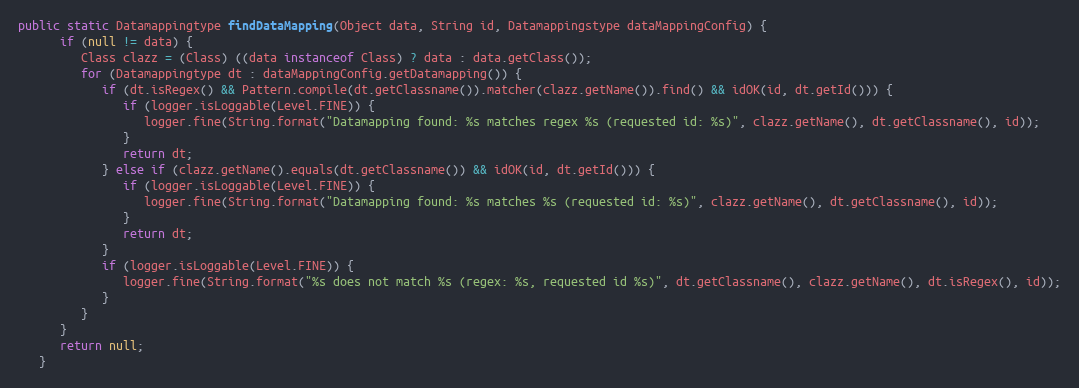
Language: Java
public static Datamappingtype findDataMapping(Object data, String id, Datamappingstype dataMappingConfig) {
      if (null != data) {
         Class clazz = (Class) ((data instanceof Class) ? data : data.getClass());
         for (Datamappingtype dt : dataMappingConfig.getDatamapping()) {
            if (dt.isRegex() && Pattern.compile(dt.getClassname()).matcher(clazz.getName()).find() && idOK(id, dt.getId())) {
               if (logger.isLoggable(Level.FINE)) {
                  logger.fine(String.format("Datamapping found: %s matches regex %s (requested id: %s)", clazz.getName(), dt.getClassname(), id));
               }
               return dt;
            } else if (clazz.getName().equals(dt.getClassname()) && idOK(id, dt.getId())) {
               if (logger.isLoggable(Level.FINE)) {
                  logger.fine(String.format("Datamapping found: %s matches %s (requested id: %s)", clazz.getName(), dt.getClassname(), id));
               }
               return dt;
            }
            if (logger.isLoggable(Level.FINE)) {
               logger.fine(String.format("%s does not match %s (regex: %s, requested id %s)", dt.getClassname(), clazz.getName(), dt.isRegex(), id));
            }
         }
      }
      return null;
   }